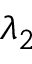
\lambda _ { 2 }